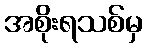
အစိုးရသစ်မှ